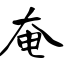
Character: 奄